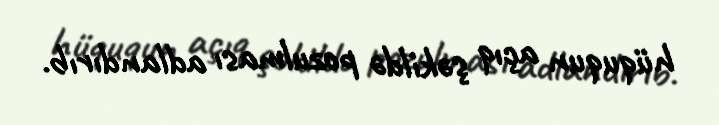
hüququn açıq şəkildə pozulması adlandırıb.